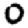
Digit: 0